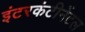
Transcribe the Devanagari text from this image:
इंटरकंटीनेंटल